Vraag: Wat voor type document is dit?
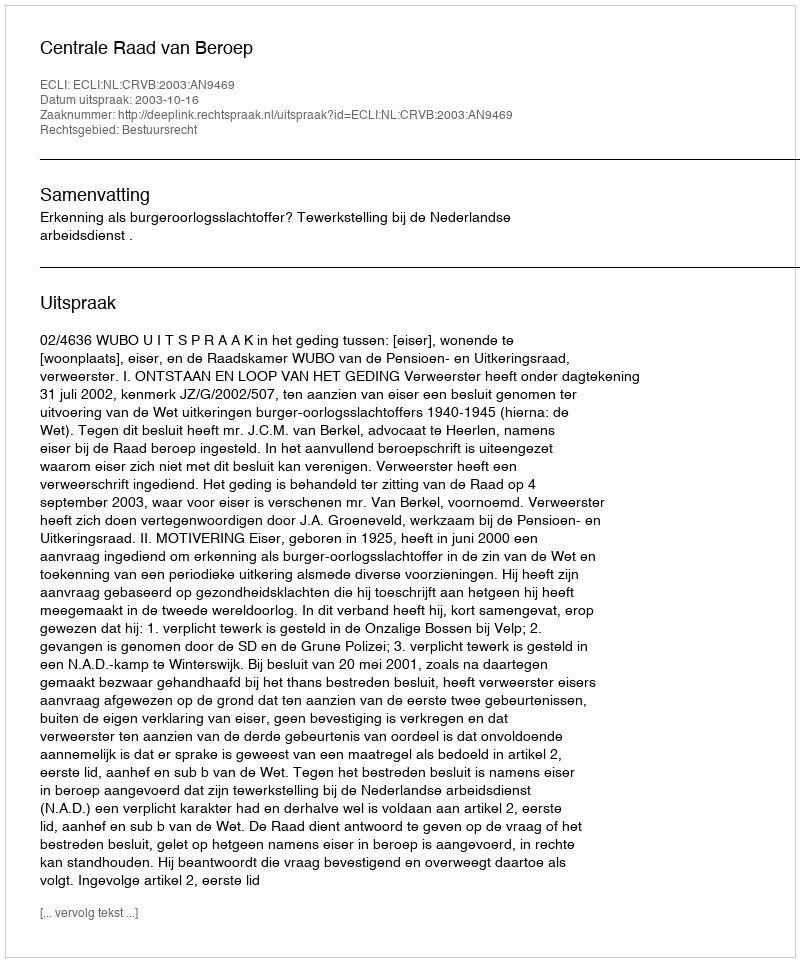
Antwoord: Uitspraak